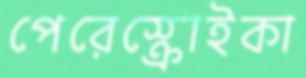
পেরেস্ক্রোইকা